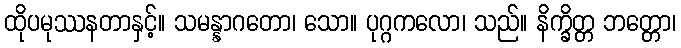
ထိုပမုဿနတာနှင့်။ သမန္နာဂတော၊ သော။ ပုဂ္ဂကလော၊ သည်။ နိက္ခိတ္တ ဘတ္တော၊